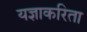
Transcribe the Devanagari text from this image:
यज्ञाकरिता